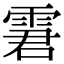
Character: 𩂿